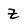
Character: Z